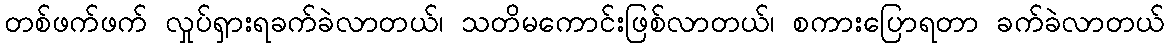
တစ်ဖက်ဖက် လှုပ်ရှားရခက်ခဲလာတယ်၊ သတိမကောင်းဖြစ်လာတယ်၊ စကားပြောရတာ ခက်ခဲလာတယ်